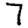
Digit: 7